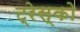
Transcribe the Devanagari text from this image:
ट्रेस्को